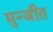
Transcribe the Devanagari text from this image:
मुन्जीत